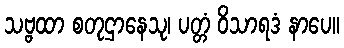
သဗ္ဗထာ စတုဌာနေသု၊ ပတ္တံ ဝိသာရဒံ နာပေ။